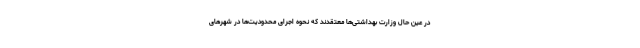
در عین حال وزارت بهداشتی‌ها معتقدند که نحوه اجرای محدودیت‌ها در شهرهای